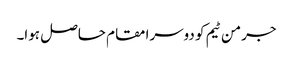
جرمن ٹیم کو دوسرا مقام حاصل ہوا۔